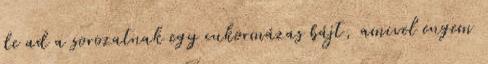
de ad a sorozatnak egy cukormázas bájt, amivel engem